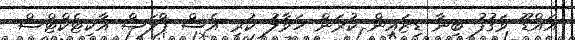
އައްޑޫ ވަގުފު ބިނާ ޑިޒައިން ކުރަން ހަވާލު ކުރި އެސް ޕްލަސް އާކިޓެކްޓްސް